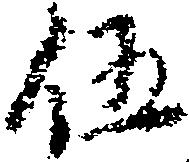
伍